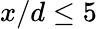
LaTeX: x/d\leq 5